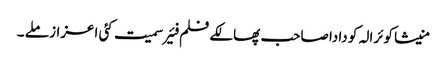
منیشا کوئرالہ کو دادا صاحب پھالکے فلم فئیر سمیت کئی اعزاز ملے ۔